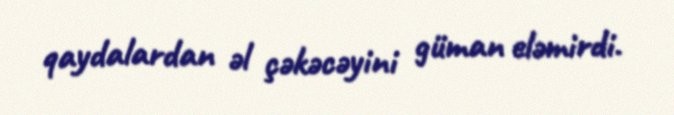
qaydalardan əl çəkəcəyini güman eləmirdi.